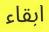
ابقاء